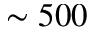
\sim 5 0 0